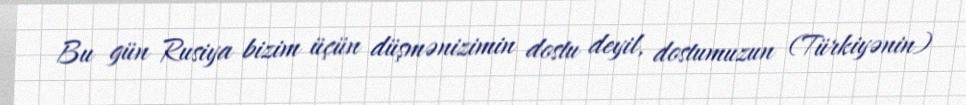
Bu gün Rusiya bizim üçün düşmənizimin dostu deyil, dostumuzun (Türkiyənin)